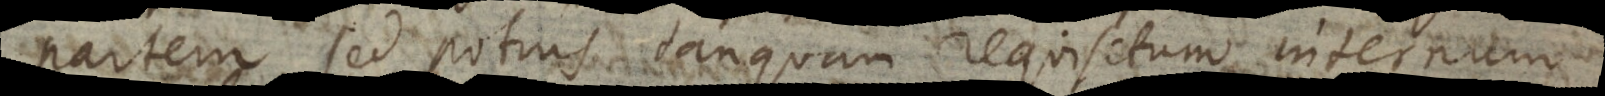
partem, sed potius tanquam requisitum internum